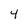
Character: 4